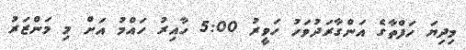
މިދިޔަ ހަފްތާގެ އަންގާރަދުވަހު ހަވީރު 5:00 ހާއިރު ހައްމު އަށް މި މަންޒަރު